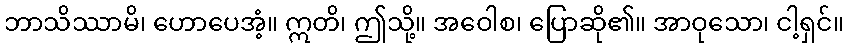
ဘာသိဿာမိ၊ ဟောပေအံ့။ ဣတိ၊ ဤသို့။ အဝေါစ၊ ပြောဆို၏။ အာဝုသော၊ ငါ့ရှင်။